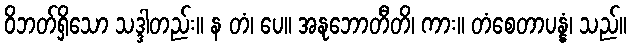
ဝိဘတ်ရှိသော သဒ္ဒါတည်း။ န တံ၊ ပေ။ အနုဘောတီတိ၊ ကား။ တံစေတာပန္နံ၊ သည်။